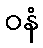
ဝနံ